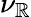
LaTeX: \nu_{\mathbb{R}}